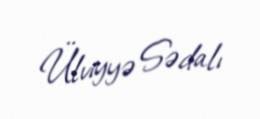
Ülviyyə Sədalı